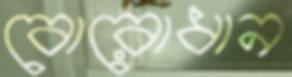
বোরোধান